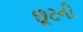
છૂટની